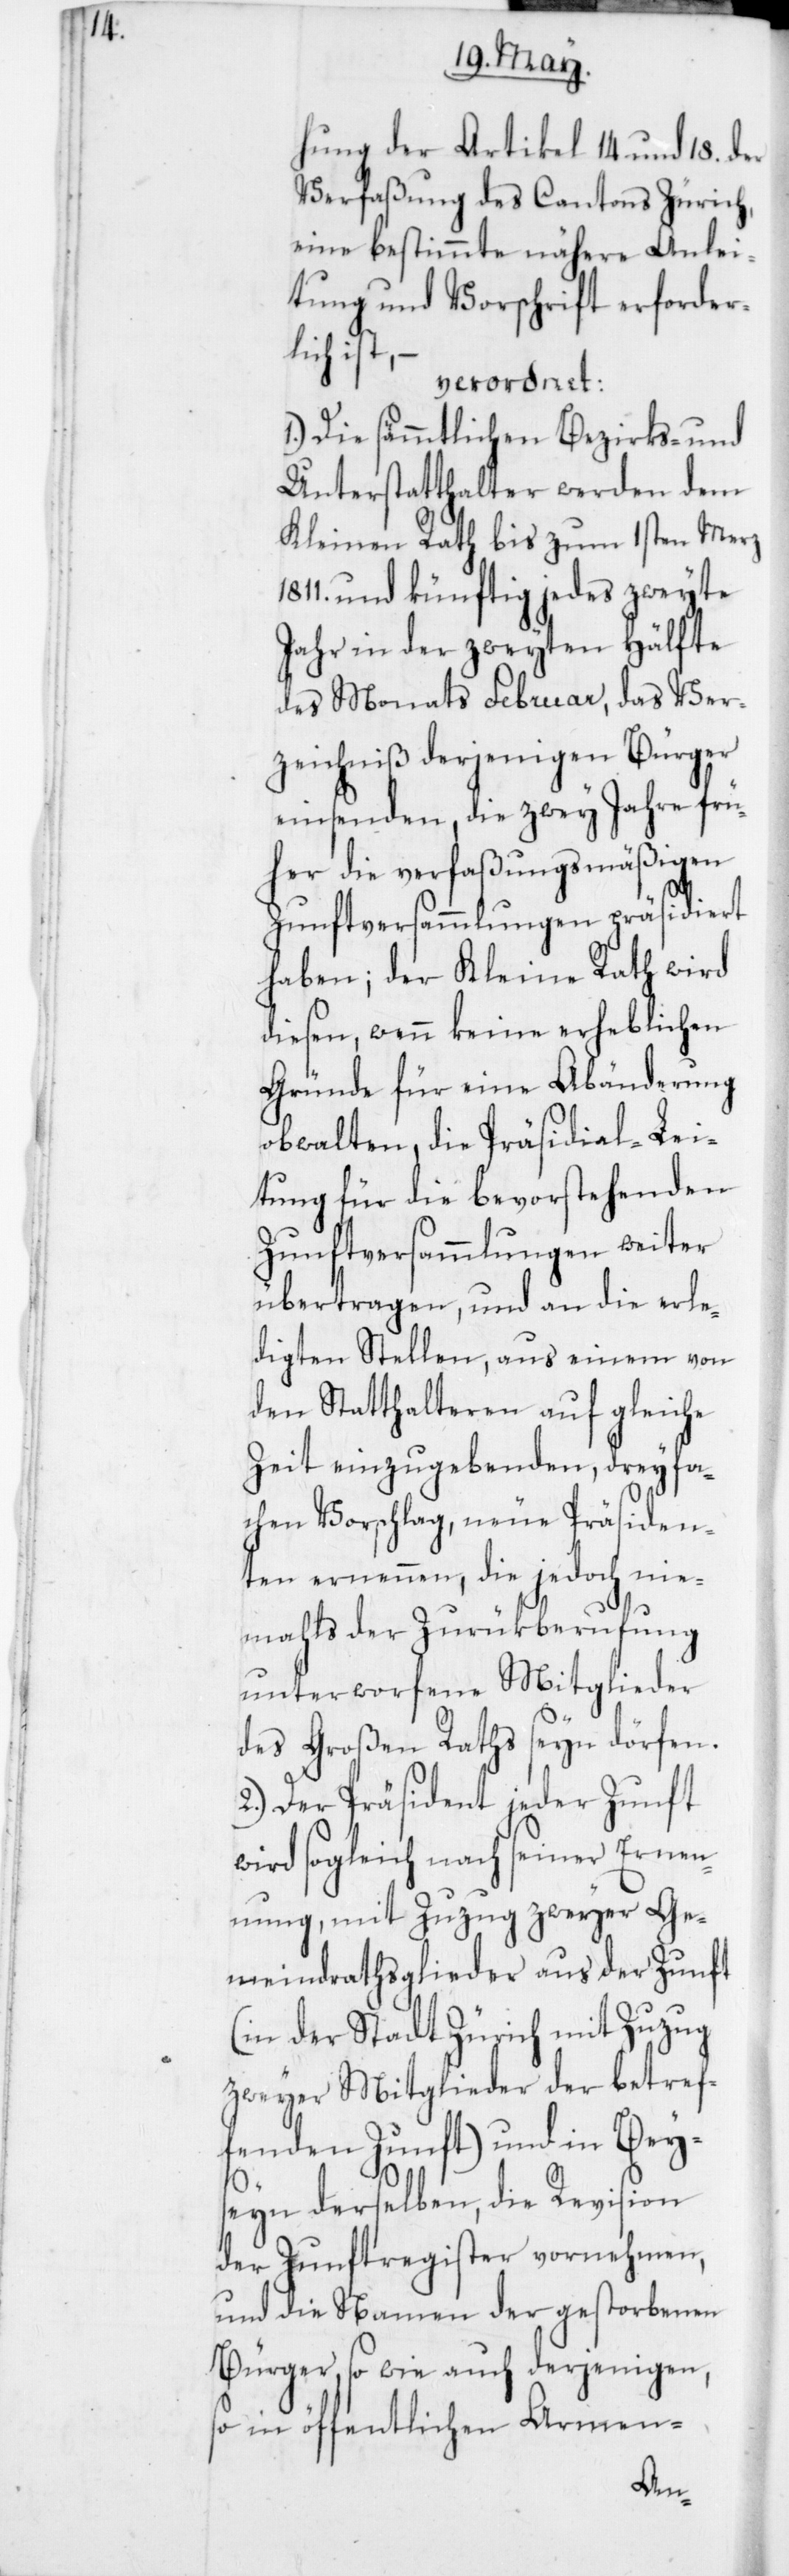
hung der Artikel 14 und 18 der
Verfaßung des Cantons Zürich,
eine bestimmte nähere Anlei¬
tung und Vorschrift erforder¬
lich ist,
verordnet:
1. Die sämmtlichen Bezirks- und
Unterstatthalter werden dem
Kleinen Rath bis zum 1sten Merz
1811 und künftig jedes zweyte
Jahr in der zweyten Hälfte
des Monats Februar, das Ver¬
zeichniß derjenigen Bürger
einsenden, die zwey Jahre frü¬
her die verfaßungsmäßigen
Zunftversammlungen präsidiert
haben; der Kleine Rath wird
diesen, wenn keine erheblichen
Gründe für eine Abänderung
obwalten, die Präsidial-Lei¬
tung für die bevorstehenden
Zunftversammlungen weiter
übertragen, und an die erle¬
digten Stellen, aus einem von
den Statthalteren auf gleiche
Zeit einzugebenden, dreyfa¬
chen Vorschlag, neue Präsiden¬
ten ernennen, die jedoch nie¬
mahls der Zurükberufung
unterworfene Mitglieder
des Großen Raths seyn dörfen.
2. Der Präsident jeder Zunft
wird sogleich nach seiner Ernen¬
nung, mit Zuzug zweyer Ge¬
meindrathsglieder aus der Zunft
(in der Stadt Zürich mit Zuzug
zweyer Mitglieder der betref¬
fenden Zunft) und in Bey¬
sein derselben, die Revision
der Zunftregister vornehmen,
und die Namen der gestorbenen
Bürger sowie auch derjenigen,
so in öffentlichen Armen-